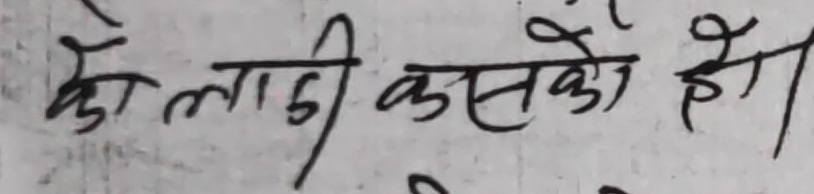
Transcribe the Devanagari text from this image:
को लागी कसको हो।